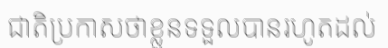
ជាតិប្រកាសថាខ្លួនទទួលបានរហូតដល់